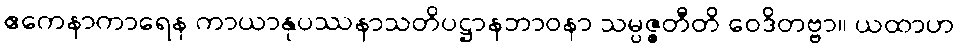
ဧကေနာကာရေန ကာယာနုပဿနာသတိပဋ္ဌာနဘာဝနာ သမ္ပဇ္ဇတီတိ ဝေဒိတဗ္ဗာ။ ယထာဟ